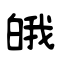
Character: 皒